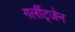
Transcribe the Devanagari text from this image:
गर्लीट्जेन